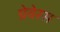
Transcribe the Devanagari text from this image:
ग्रेवेरस